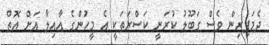
ދެމަފިރިން ވެސް ގަބޫލު ކުރަނީ ކަސްރަތަކީ އެ މީހުންގެ އާއިލާ އަށް އޮތް